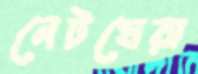
নেটঘেরা